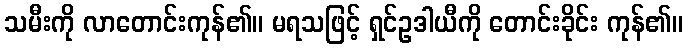
သမီးကို လာတောင်းကုန်၏။ မရသဖြင့် ရှင်ဥဒါယီကို တောင်းခိုင်း ကုန်၏။